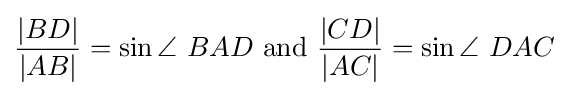
{\frac {|BD|}{|AB|}}=\sin \angle \ BAD{\text{ and }}{\frac {|CD|}{|AC|}}=\sin \angle \ DAC